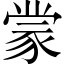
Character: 𫎇